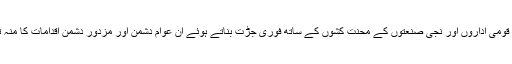
پی آئی اے کے مزدوروں کو دیگر قومی اداروں اور نجی صنعتوں کے محنت کشوں کے ساتھ فوری جڑت بناتے ہوئے ان عوام دشمن اور مزدور دشمن اقدامات کا منہ توڑ جواب دینے کی ضرورت ہے۔